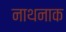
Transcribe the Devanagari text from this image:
नाथनाक